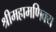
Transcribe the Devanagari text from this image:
श्रीमहामणिक्य